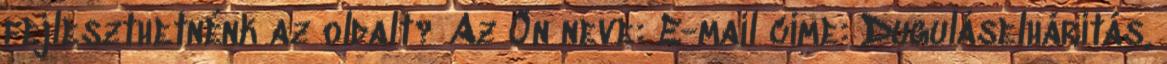
fejleszthetnénk az oldalt? Az Ön neve: E-mail címe: Duguláselhárítás,